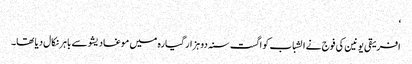
‘
افریقی یونین کی فوج نے الشباب کو اگست سنہ دو ہزار گیارہ میں موغادیشو سے باہر نکال دیا تھا۔